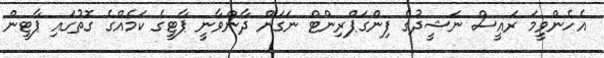
އެހެންވީމަ ރައީސް ނަޝީދުގެ ފިންގަޕްރިންޓް ނަގަން ދާންވާނީ ޕާޓީގެ ކަމެއްގެ ގޮތުގައި ޕާޓީން